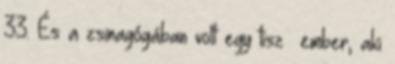
33. És a zsinagógában volt egy tisz− ember, aki